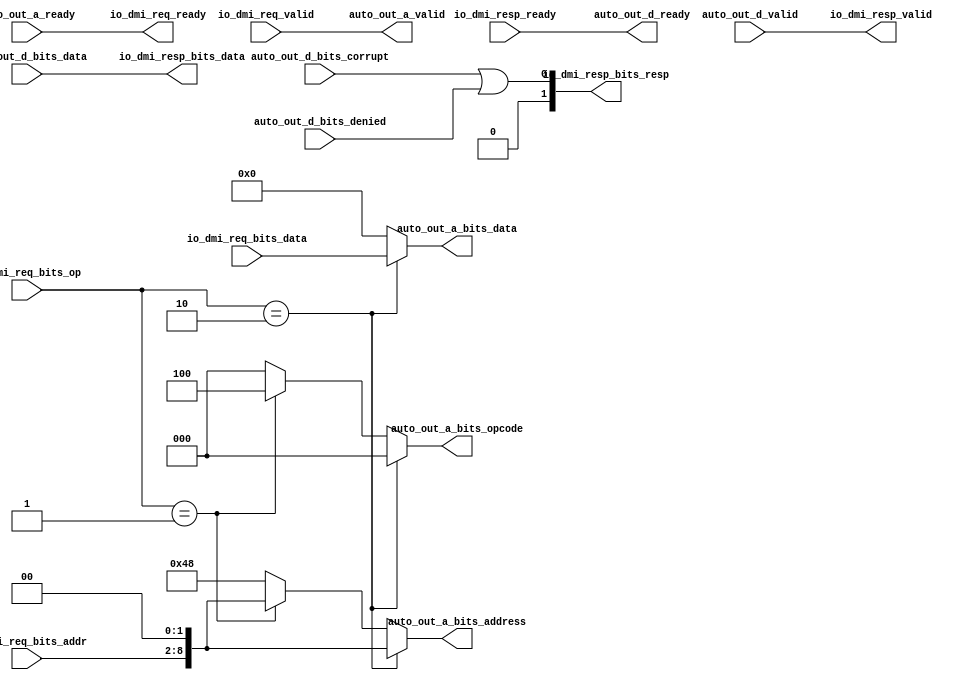
module DMIToTL(
  input         auto_out_a_ready,
  output        auto_out_a_valid,
  output [2:0]  auto_out_a_bits_opcode,
  output [8:0]  auto_out_a_bits_address,
  output [31:0] auto_out_a_bits_data,
  output        auto_out_d_ready,
  input         auto_out_d_valid,
  input         auto_out_d_bits_denied,
  input  [31:0] auto_out_d_bits_data,
  input         auto_out_d_bits_corrupt,
  output        io_dmi_req_ready,
  input         io_dmi_req_valid,
  input  [6:0]  io_dmi_req_bits_addr,
  input  [31:0] io_dmi_req_bits_data,
  input  [1:0]  io_dmi_req_bits_op,
  input         io_dmi_resp_ready,
  output        io_dmi_resp_valid,
  output [31:0] io_dmi_resp_bits_data,
  output [1:0]  io_dmi_resp_bits_resp
);
  wire [8:0] addr = {io_dmi_req_bits_addr, 2'h0}; // @[DMI.scala 94:46]
  wire [2:0] _GEN_0 = io_dmi_req_bits_op == 2'h1 ? 3'h4 : 3'h0; // @[DMI.scala 109:{64,76} 110:76]
  wire [8:0] _GEN_4 = io_dmi_req_bits_op == 2'h1 ? addr : 9'h48; // @[DMI.scala 109:{64,76} 110:76]
  wire  _io_dmi_resp_bits_resp_T = auto_out_d_bits_corrupt | auto_out_d_bits_denied; // @[DMI.scala 118:53]
  assign auto_out_a_valid = io_dmi_req_valid; // @[DMI.scala 113:22 Nodes.scala 1207:84]
  assign auto_out_a_bits_opcode = io_dmi_req_bits_op == 2'h2 ? 3'h0 : _GEN_0; // @[DMI.scala 108:{64,76}]
  assign auto_out_a_bits_address = io_dmi_req_bits_op == 2'h2 ? addr : _GEN_4; // @[DMI.scala 108:{64,76}]
  assign auto_out_a_bits_data = io_dmi_req_bits_op == 2'h2 ? io_dmi_req_bits_data : 32'h0; // @[DMI.scala 108:{64,76}]
  assign auto_out_d_ready = io_dmi_resp_ready; // @[DMI.scala 117:28 Nodes.scala 1207:84]
  assign io_dmi_req_ready = auto_out_a_ready; // @[Nodes.scala 1207:84 LazyModule.scala 311:12]
  assign io_dmi_resp_valid = auto_out_d_valid; // @[Nodes.scala 1207:84 LazyModule.scala 311:12]
  assign io_dmi_resp_bits_data = auto_out_d_bits_data; // @[Nodes.scala 1207:84 LazyModule.scala 311:12]
  assign io_dmi_resp_bits_resp = {{1'd0}, _io_dmi_resp_bits_resp_T}; // @[DMI.scala 118:28]
endmodule